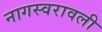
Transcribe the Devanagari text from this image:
नागस्वरावली